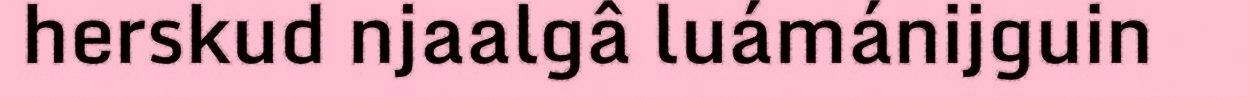
herskud njaalgâ luámánijguin